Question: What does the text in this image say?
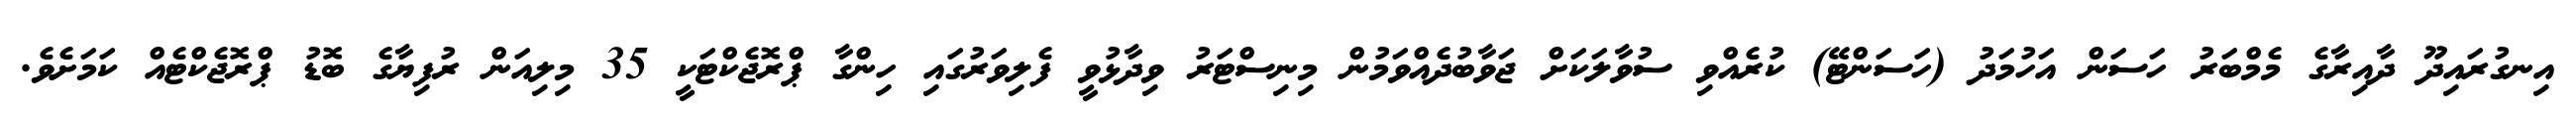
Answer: އިނގުރައިދޫ ދާއިރާގެ މެމްބަރު ހަސަން އަހުމަދު (ހަސަންޓޭ) ކުރެއްވި ސުވާލަކަށް ޖަވާބުދެއްވަމުން މިނިސްޓަރު ވިދާޅުވީ ފެލިވަރުގައި ހިންގާ ޕްރޮޖެކްޓަކީ 35 މިލިއަން ރުފިޔާގެ ބޮޑު ޕްރޮޖެކްޓެއް ކަމަށެވެ.